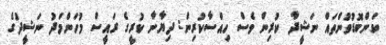
ކަންބޮޑުވުންތައް ނަޝީދާ ކުރިން ވެސް ހިއްސާކުރިން: ދިޔާނާ ކުރީގެ ރައީސް މުހަންމަދު ނަޝީދުގެ